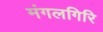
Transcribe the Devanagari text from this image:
मंगलगिरि